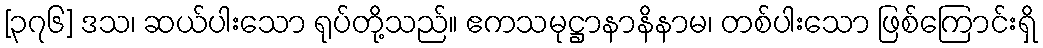
[၃၇၆] ဒသ၊ ဆယ်ပါးသော ရုပ်တို့သည်။ ဧကသမုဋ္ဌာနာနိနာမ၊ တစ်ပါးသော ဖြစ်ကြောင်းရှိ